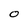
Character: O